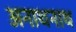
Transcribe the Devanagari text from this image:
अनाथनाथ